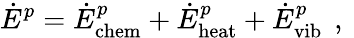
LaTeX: \dot{E}^{p}=\dot{E}_{\mathrm{chem}}^{p}+\dot{E}_{\mathrm{heat}}^{p}+\dot{E}_{\mathrm{vib}}^{p}\, \mathrm{~,~}